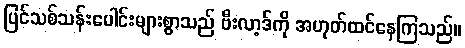
ပြင်သစ်သန်းပေါင်းများစွာသည် ဗီးလာ့ဒ်ကို အဟုတ်ထင်နေကြသည်။